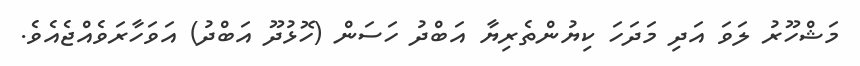
މަޝްހޫރު ލަވަ އަދި މަދަހަ ކިޔުންތެރިޔާ އަބްދު ހަަސަން (ހޮޅުދޫ އަބްދު) އަވަހާރަވެއްޖެއެެވެ.